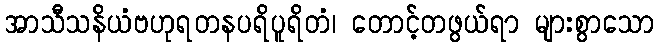
အာသီသနိယံဗဟုရတနပရိပူရိတံ၊ တောင့်တဖွယ်ရာ များစွာသော